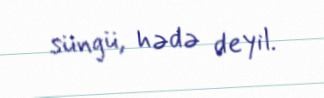
süngü, hədə deyil.